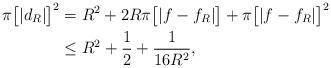
LaTeX: \begin{align*}\pi\big[|d_R|\big]^2 &= R^2 + 2R\pi\big[ |f-f_R|\big] + \pi\big[ |f-f_R|\big]^2 \\&\leq R^2 + \frac{1}{2} + \frac{1}{16R^2},\end{align*}